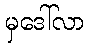
မှဒေါ်လာ